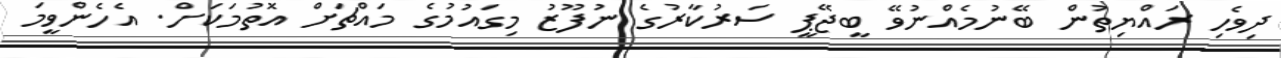
ދިވެހި ރައްޔިތުން ބޭނުމެއްނުވޭ ބީޖޭޕީ ސަރުކާރުގެ ނުފޫޒު މިގައުމުގެ މައްޗަށް އޮތުމަކަށް. އެހެންވީމަ